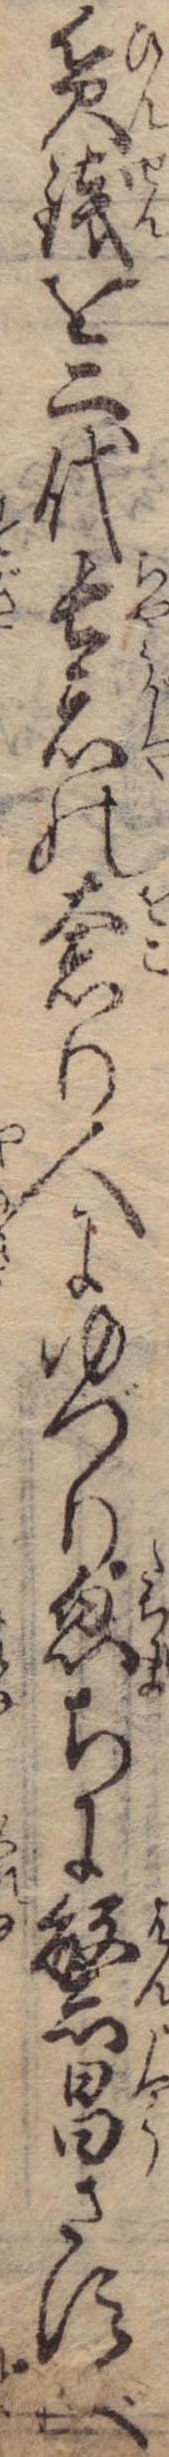
貧銭を二代長者の奢り人にゆづり忽ちに繁昌さすべ